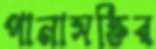
পানাসক্তির